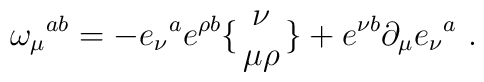
\omega_{\mu}{}^{ab}=-e_{\nu}{}^{a}e^{\rho b}\bigl\{\matrix{\nu\cr\mu\rho}\bigr\}+e^{\nu b}\partial_{\mu}e_{\nu}{}^{a}\ .